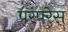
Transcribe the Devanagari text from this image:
परंपरेस